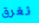
نغرق